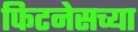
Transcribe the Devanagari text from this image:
फिटनेसच्या